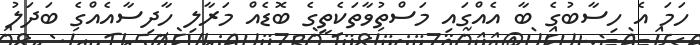
ހަމަ އެ ހިސާބުގެ ބާ އެއްގައި މަސްތުވާތަކެތީގެ ބޮޑެއް މަރާލި ހާދިސާއެއްގެ ބަދަލު